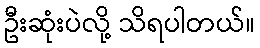
ဦးဆုံးပဲလို့ သိရပါတယ်။